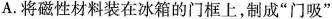
A.将磁性材料装在冰箱的门框上，制成”门吸”